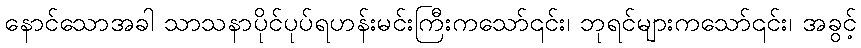
နောင်သောအခါ သာသနာပိုင်ပုပ်ရဟန်းမင်းကြီးကသော်၎င်း၊ ဘုရင်များကသော်၎င်း၊ အခွင့်